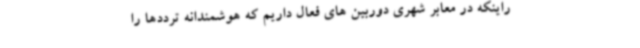
راینکه در معابر شهری دوربین های فعال داریم که هوشمندانه ترددها را